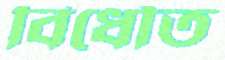
বিধৌত